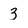
Character: 3